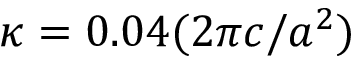
\kappa = 0 . 0 4 ( 2 \pi c / a ^ { 2 } )